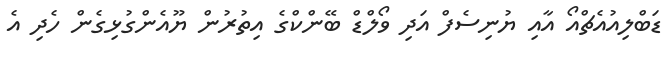
ޑަބްލިއުއެޗްއޯ އާއި ޔުނިސެފް އަދި ވޯލްޑް ބޭންކްގެ އިތުރުން ޔޫއެންގުޅިގެން ހެދި އެ